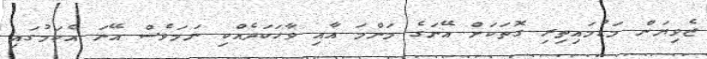
ޒެވިޔަން މަޑުމައިތިރި ގޮތަކަށް އޭނަގެ މަންމަ އާއި ވާހަކަދެއްކި ނަމަވެސް އޭނަ އެކަމުގައި